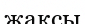
жақсы